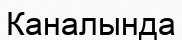
Каналында